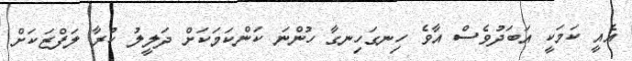
އެއީ ކަމަކީ އަބަދުވެސް އާވެ ހިނގަހިނގާ ހުންނަ ކަންކަމަކަށް ދަލީލު ކުރާ ލަފްޒަކަށް